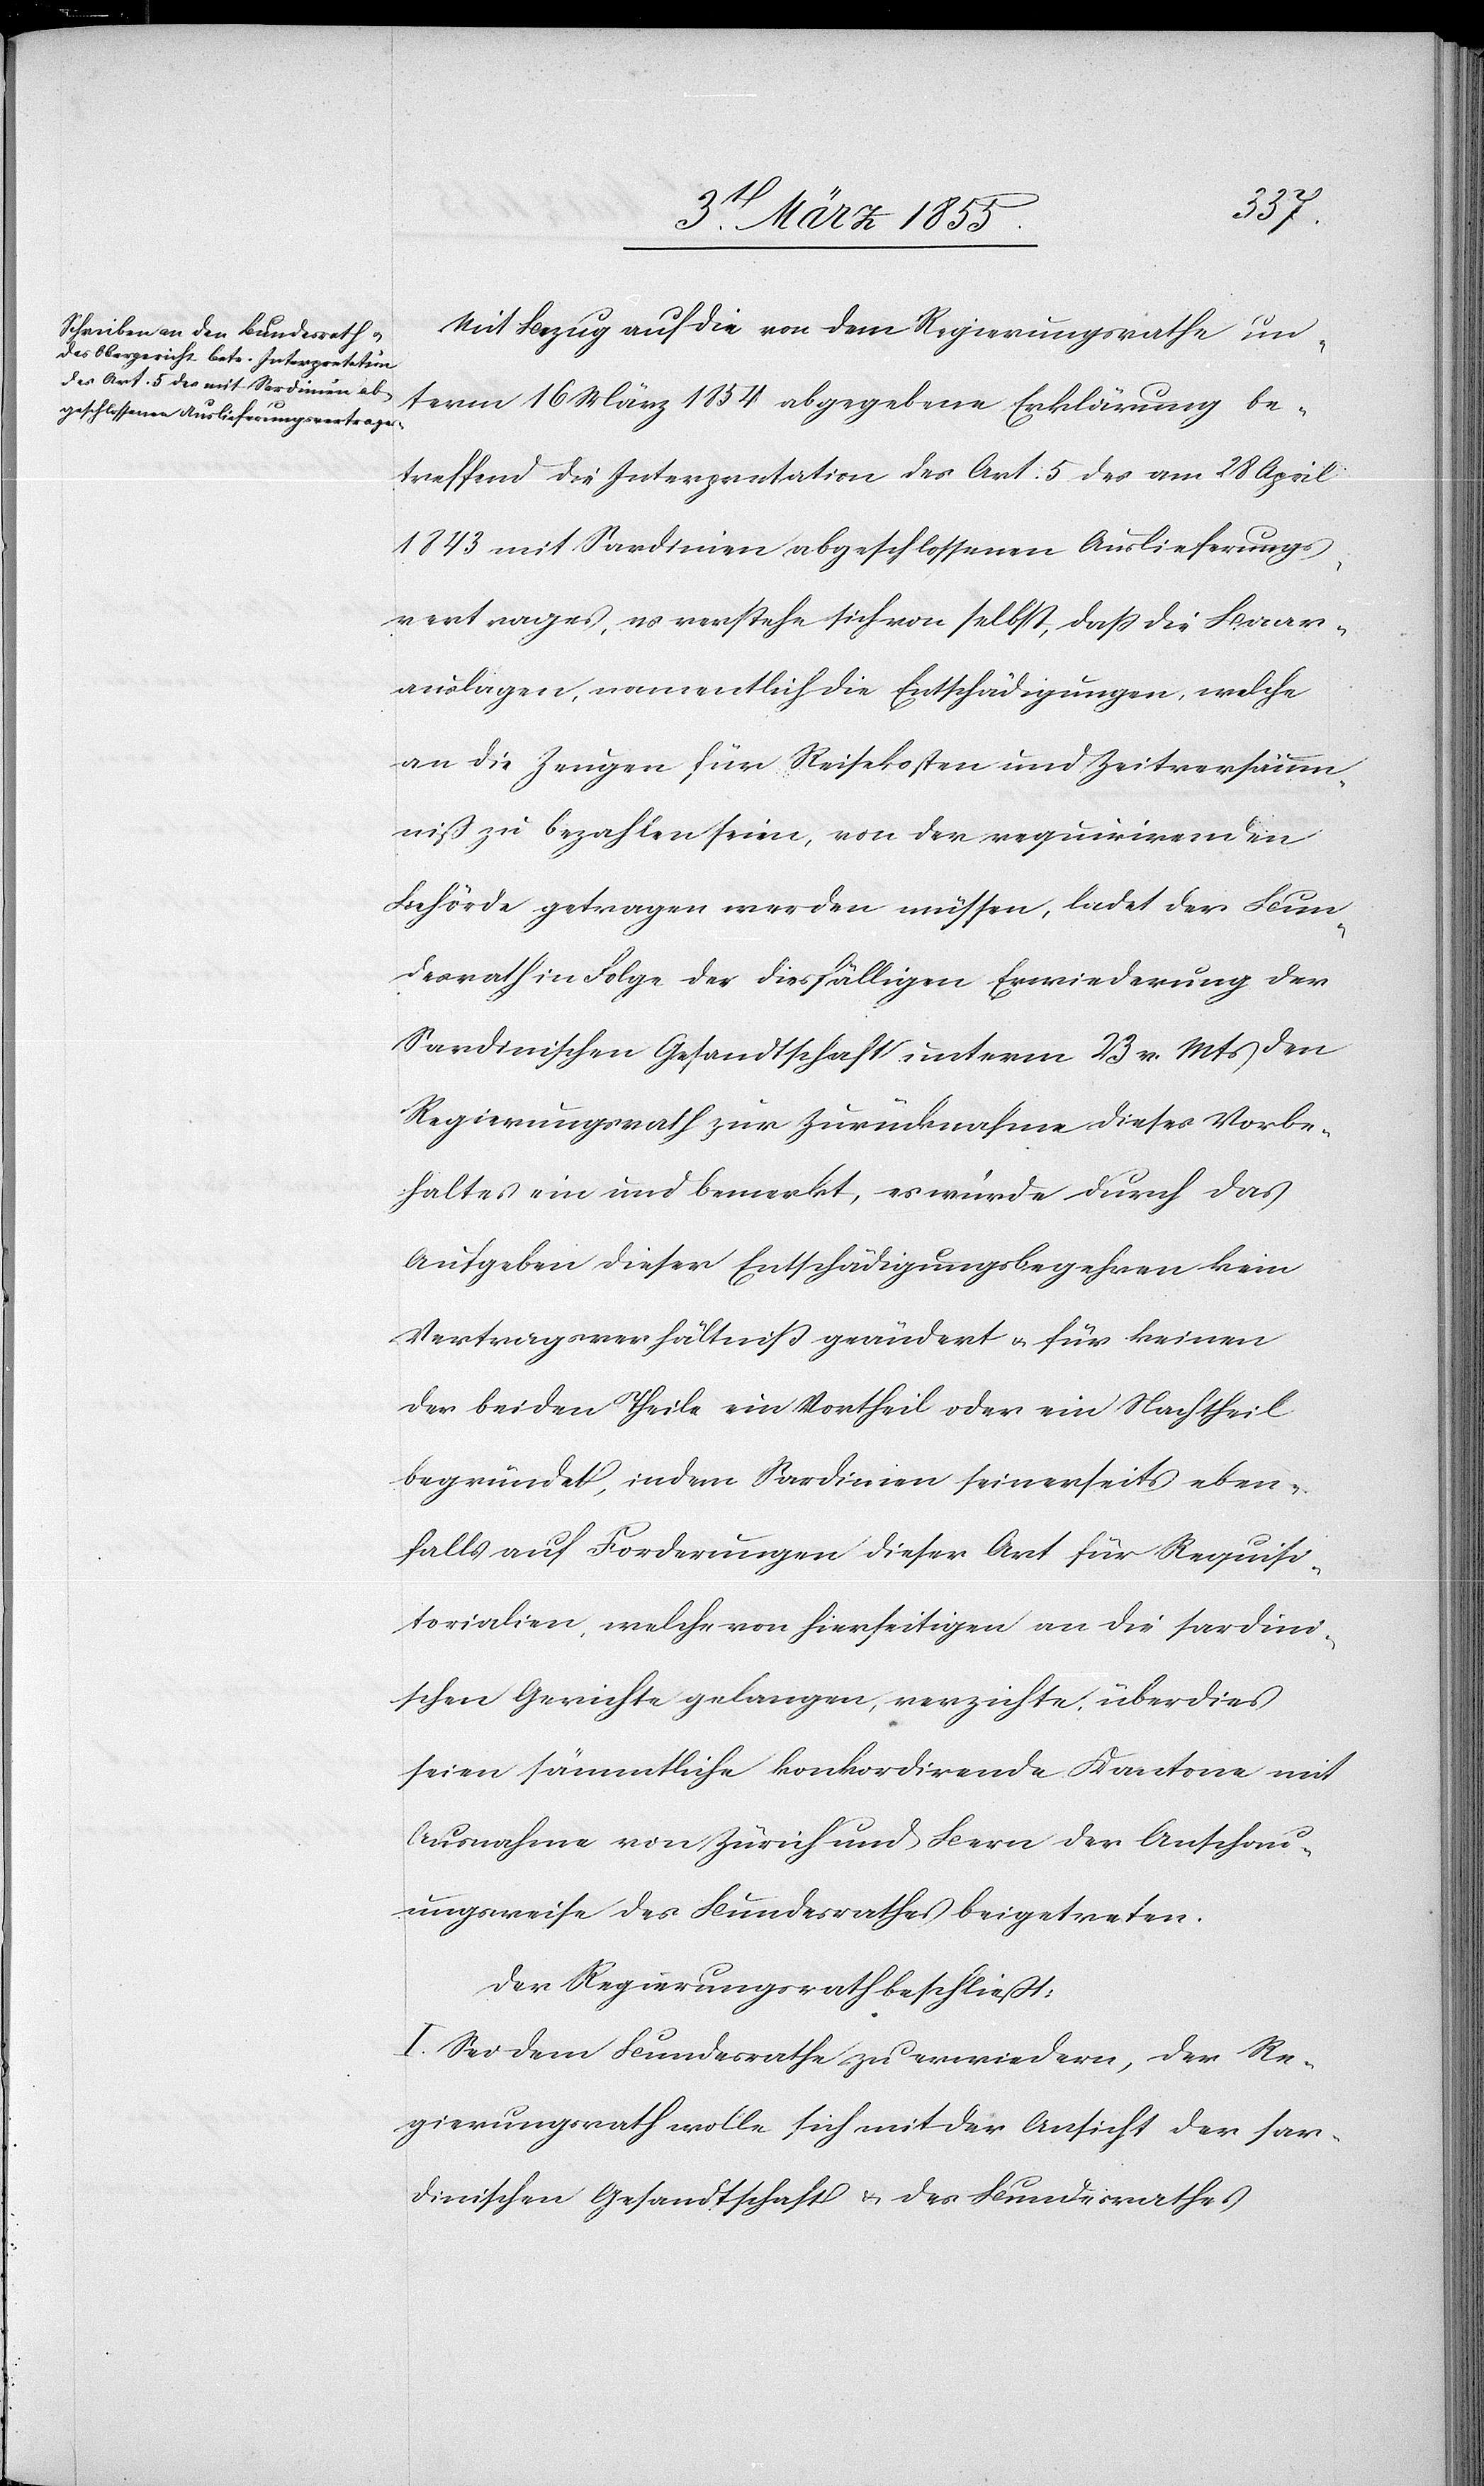
Mit Bezug auf die von dem Regierungsrathe un¬
term 16 März 1854 abgegebene Erklärung be¬
treffend die Interpretation des Art. 5 des am 28 April
1843 mit Sardinien abgeschlossenen Auslieferungs¬
vertrages, es verstehe sich von selbst, daß die Baar¬
auslagen, namentlich die Entschädigungen, welche
an die Zeugen für Reisekosten und Zeitversäum¬
niß zu bezahlen seien, von der requirirenden
Behörde getragen werden müssen, ladet der Bun¬
desrath in Folge der diesfälligen Erwiederung der
Sardinischen Gesandtschaft unterm 23 v. Mts den
Regierungsrath zur Zurücknahme dieses Vorbe¬
haltes ein und bemerkt, es würde durch das
Aufgeben dieser Entschädigungsbegehren kein
Vertragsverhältniß geändert & für keinen
der beiden Theile ein Vortheil oder ein Nachtheil
begründet, indem Sardinien seinerseits eben¬
falls auf Forderungen dieser Art für Requisi¬
torialien, welche von hierseitigen an die sardini¬
schen Gerichte gelangen, verzichte, überdies
seien sämmtliche konkordirende Kantone mit
Ausnahme von Zürich und Bern der Anschau¬
ungsweise des Bundesrathes beigetreten.
Der Regierungsrath beschließt:
I. Sei dem Bundesrathe zu erwiedern, der Re¬
gierungsrath wolle sich mit der Ansicht der sar¬
dinischen Gesandtschaft & des Bundesrathes